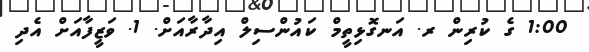
1:00 ގެ ކުރިން ރ. އަނގޮޅިތީމް ކައުންސިލް އިދާރާއަށް. 1. ވަޒީފާއަށް އެދި